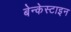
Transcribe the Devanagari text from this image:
बेन्केस्टाइन